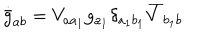
LaTeX: \dot { \bar { g } } _ { a b } = V _ { a a _ { 1 } } g _ { a _ { 1 } } \delta _ { a _ { 1 } b _ { 1 } } \overline { { { V } } } _ { b _ { 1 } b }